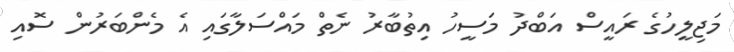
މަޖިލީހުގެ ރައީސް އަބްދު މަސީހު އިތުބާރު ނެތް މައްސަލާގައި އެ މެންބަރުން ސޮއި